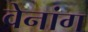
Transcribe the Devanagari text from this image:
वेनांग